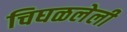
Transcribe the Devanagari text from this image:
चिघळलेली